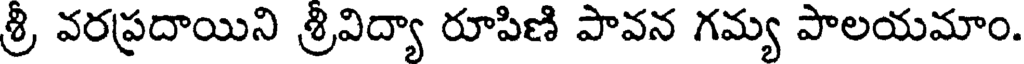
శ్రీ వరప్రదాయిని శ్రివిద్యా రూపిణి పావన గమ్య పాలయమాం.